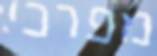
מפרכי